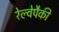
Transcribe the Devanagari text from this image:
रेल्वेपैकी